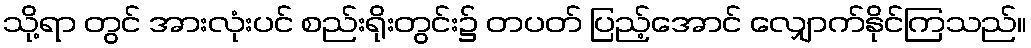
သို့ရာ တွင် အားလုံးပင် စည်းရိုးတွင်း၌ တပတ် ပြည့်အောင် လျှောက်နိုင်ကြသည်။